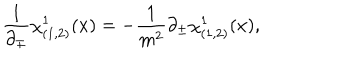
\frac { 1 } { \partial _ { \mp } } \chi _ { ( 1 , 2 ) } ^ { 1 } ( x ) = - \frac { 1 } { m ^ { 2 } } \partial _ { \pm } \chi _ { ( 1 , 2 ) } ^ { 1 } ( x ) ,